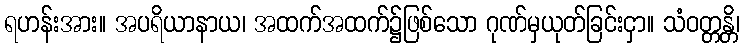
ရဟန်းအား။ အပရိယာနာယ၊ အထက်အထက်၌ဖြစ်သော ဂုဏ်မှယုတ်ခြင်းငှာ။ သံဝတ္တန္တိ၊